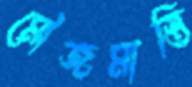
মৌজমাস্তি